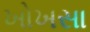
ખોખસા